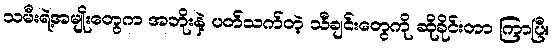
သမီးရဲ့အမျိုးတွေက အဘိုးနဲ့ ပတ်သက်တဲ့ သီချင်းတွေကို ဆိုခိုင်းတာ ကြာပြီ။